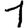
Digit: 1